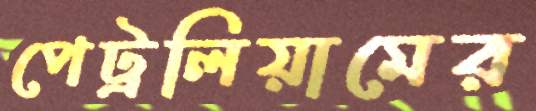
পেট্রলিয়ামের